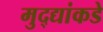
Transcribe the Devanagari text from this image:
मुद्‍द्यांकडे